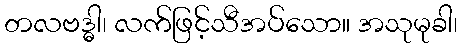
တလဗဒ္ဓါ၊ လက်ဖြင့်သီအပ်သော။ အသုမုခါ၊